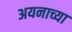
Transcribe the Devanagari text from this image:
अयनाच्या